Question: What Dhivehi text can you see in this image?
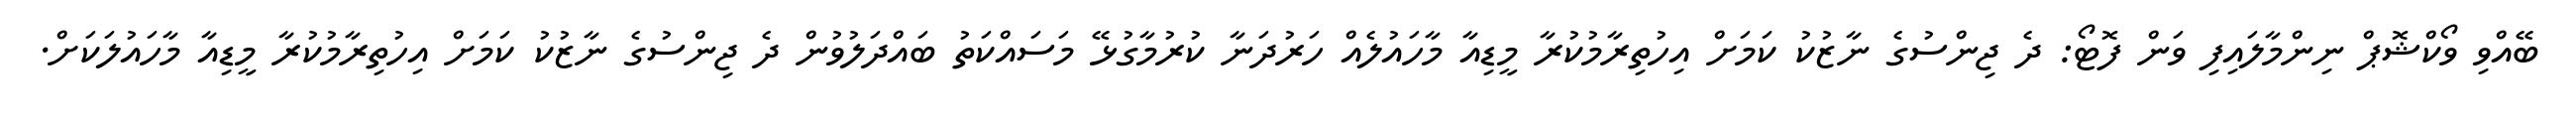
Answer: ބޭއްވި ވޯކްޝޮޕް ނިންމާލައިފި ވަން ފޮޓޯ: ދެ ޖިންސުގެ ނާޒުކު ކަމަށް އިހުތިރާމުކުރާ މީޑިއާ މާހައުލެއް ހަރުދަނާ ކުރުމާގުޅޭ މަސައްކަތު ބައްދަލުވުން ދެ ޖިންސުގެ ނާޒުކު ކަމަށް އިހުތިރާމުކުރާ މީޑިއާ މާހައުލަކަށް.